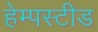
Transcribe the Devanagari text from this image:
हेम्पस्टीड